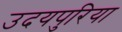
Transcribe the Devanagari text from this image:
उदयपुरिया